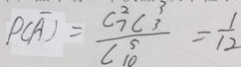
P ( \overline { A } ) = \frac { C _ { 7 } ^ { 2 } C _ { 3 } ^ { 3 } } { C _ { 1 0 } ^ { 5 } } = \frac { 1 } { 1 2 }